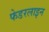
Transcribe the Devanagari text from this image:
फेडरलाइन